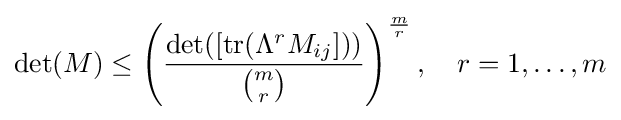
\det(M)\leq \left({\frac {\det([\operatorname {tr} (\Lambda ^{r}M_{ij}]))}{\binom {m}{r}}}\right)^{\frac {m}{r}},\quad r=1,\ldots ,m